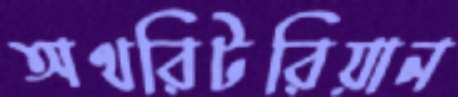
অথরিটরিয়ান